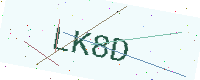
Text: LK8D